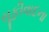
સૂફીવાદના